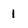
Character: 1